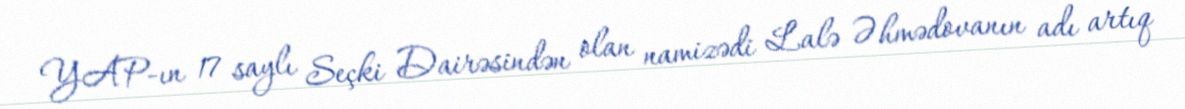
YAP-ın 17 saylı Seçki Dairəsindən olan namizədi Lalə Əhmədovanın adı artıq